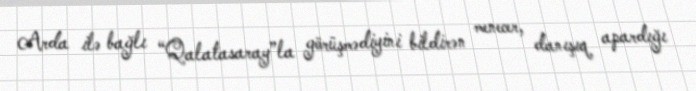
Arda ilə bağlı “Qalatasaray”la görüşmədiyini bildirən menecer, danışıq apardığı